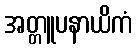
အတ္တူပနာယိကံ